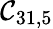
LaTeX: \mathcal{C}_{31,5}